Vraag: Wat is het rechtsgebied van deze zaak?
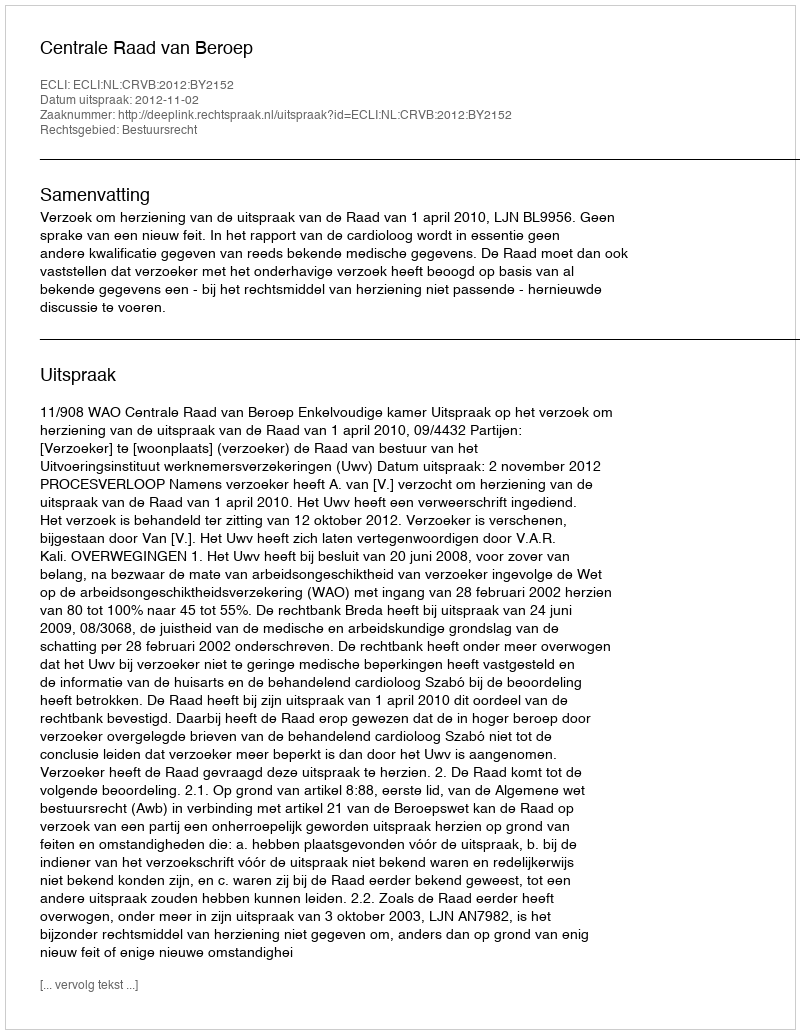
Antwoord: Bestuursrecht